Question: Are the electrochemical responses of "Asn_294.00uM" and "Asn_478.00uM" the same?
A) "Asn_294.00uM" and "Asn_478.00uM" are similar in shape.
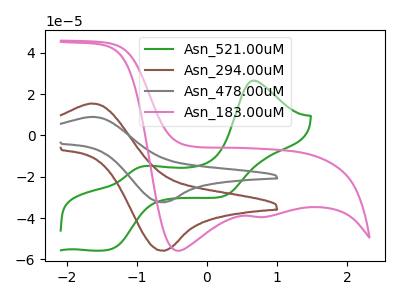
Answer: <think>The green curve "Asn_521.00uM" has anodic peaks at (0.65V, 26.55uA) (-0.90V, -14.80uA) and cathodic peaks at (-1.35V, -54.85uA) (0.25V, -29.40uA). The brown curve "Asn_294.00uM" has an anodic peak at (-1.65V, 15.45uA) and a cathodic peak at (-0.60V, -55.80uA). The gray curve "Asn_478.00uM" has an anodic peak at (-1.65V, 8.95uA) and a cathodic peak at (-0.60V, -32.35uA). The pink curve "Asn_183.00uM" has cathodic peaks at (-0.40V, -55.80uA) (0.85V, -39.45uA).
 All the peaks in "Asn_294.00uM" have a peak in "Asn_478.00uM" at the same potential. Every peak in "Asn_294.00uM" is higher than every peak in "Asn_478.00uM".</think>
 <answer>A) "Asn_294.00uM" and "Asn_478.00uM" are similar in shape.</answer>
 <eval>A</eval>